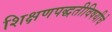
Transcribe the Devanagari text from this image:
शिक्षणपद्धतीविषयीचे